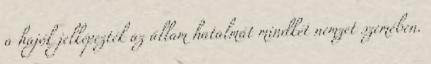
a hajók jelképezték az állam hatalmát mindkét nemzet szemében.